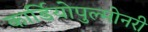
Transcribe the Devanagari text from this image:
कार्डियोपुल्मोनरी